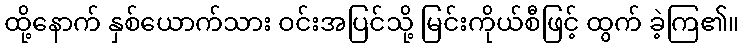
ထို့နောက် နှစ်ယောက်သား ဝင်းအပြင်သို့ မြင်းကိုယ်စီဖြင့် ထွက် ခဲ့ကြ၏။